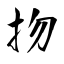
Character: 𢪱